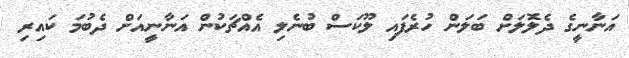
އަނާނީގެ ދެލޮލަށް ބަލަން ހުރެފައި ލޫކަސް ބުނެލި އެއްޗަކުން އަނާނީއަށް ދެބުމަ ކައިރި